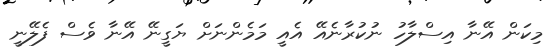
މިކަން އޭނާ އިސްލާހު ނުކުރާނެއޭ އެއީ މަމެންނަށް ޔަގީނޭ އޭނާ ވެސް ފެލޭނީ